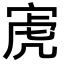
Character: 𫳔